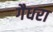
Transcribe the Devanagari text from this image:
गैधरा